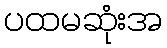
ပထမဆုံးအ